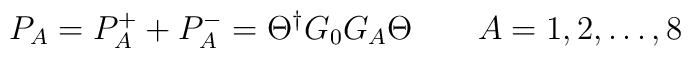
P_A = P_A^+ + P_A^- = \Theta^\dagger G_0 G_A \Theta \qquad  A=1,2,\dots,8